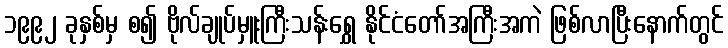
၁၉၉၂ ခုနှစ်မှ စ၍ ဗိုလ်ချုပ်မှူးကြီးသန်းရွှေ နိုင်ငံတော်အကြီးအကဲ ဖြစ်လာပြီးနောက်တွင်